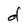
Character: d